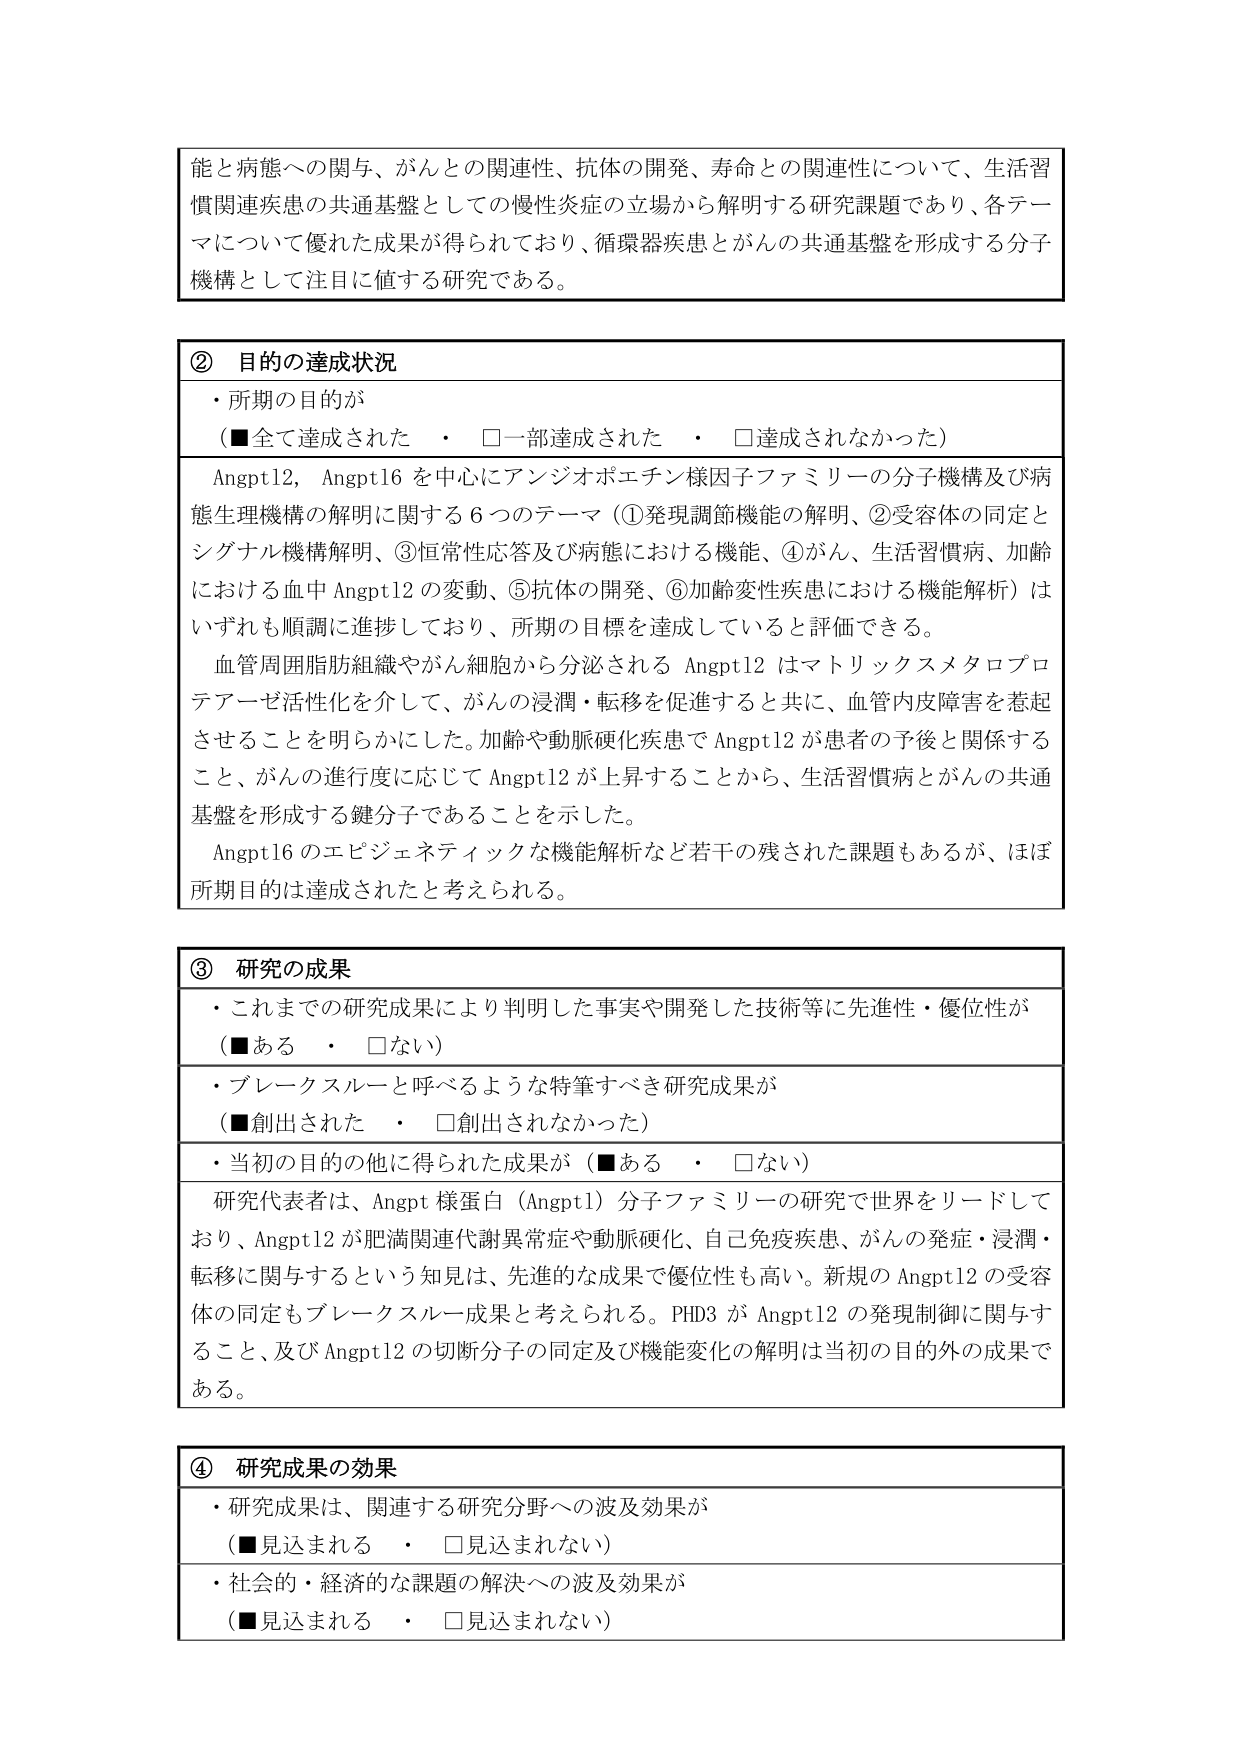
能と病態への関与、がんとの関連性、抗体の開発、寿命との関連性について、生活習慣関連疾患の共通基盤としての慢性炎症の立場から解明する研究課題であり、各テーマについて優れた成果が得られており、循環器疾患とがんの共通基盤を形成する分子機構として注目に値する研究である。

② 目的の達成状況
・所期の目的が
（■全て達成された　・　□一部達成された　・　□達成されなかった）
Angptl2, Angptl6 を中心にアンジオポエチン様因子ファミリーの分子機構及び病態生理機構の解明に関する６つのテーマ（①発現調節機能の解明、②受容体の同定とシグナル機構解明、③恒常性応答及び病態における機能、④がん、生活習慣病、加齢における血中 Angptl2 の変動、⑤抗体の開発、⑥加齢変性疾患における機能解析）はいずれも順調に進捗しており、所期の目標を達成していると評価できる。
血管周囲脂肪組織やがん細胞から分泌される Angptl2 はマトリックスメタロプロテアーゼ活性化を介して、がんの浸潤・転移を促進すると共に、血管内皮障害を惹起させることを明らかにした。加齢や動脈硬化疾患で Angptl2 が患者の予後と関係すること、がんの進行度に応じて Angptl2 が上昇することから、生活習慣病とがんの共通基盤を形成する鍵分子であることを示した。
Angptl6 のエピジェネティックな機能解析など若干の残された課題もあるが、ほぼ所期目的は達成されたと考えられる。

③ 研究の成果
・これまでの研究成果により判明した事実や開発した技術等に先進性・優位性が
（■ある　・　□ない）
・ブレークスルーと呼べるような特筆すべき研究成果が
（■創出された　・　□創出されなかった）
・当初の目的の他に得られた成果が（■ある　・　□ない）
研究代表者は、Angpt 様蛋白（Angptl）分子ファミリーの研究で世界をリードしており、Angptl2 が肥満関連代謝異常症や動脈硬化、自己免疫疾患、がんの発症・浸潤・転移に関与するという知見は、先進的な成果で優位性も高い。新規の Angptl2 の受容体の同定もブレークスルー成果と考えられる。PHD3 が Angptl2 の発現制御に関与すること、及び Angptl2 の切断分子の同定及び機能変化の解明は当初の目的外の成果である。

④ 研究成果の効果
・研究成果は、関連する研究分野への波及効果が
（■見込まれる　・　□見込まれない）
・社会的・経済的な課題の解決への波及効果が
（■見込まれる　・　□見込まれない）